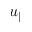
u _ { \parallel }